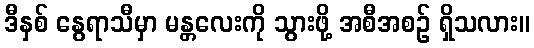
ဒီနှစ် နွေရာသီမှာ မန္တလေးကို သွားဖို့ အစီအစဉ် ရှိသလား။